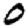
Digit: 0